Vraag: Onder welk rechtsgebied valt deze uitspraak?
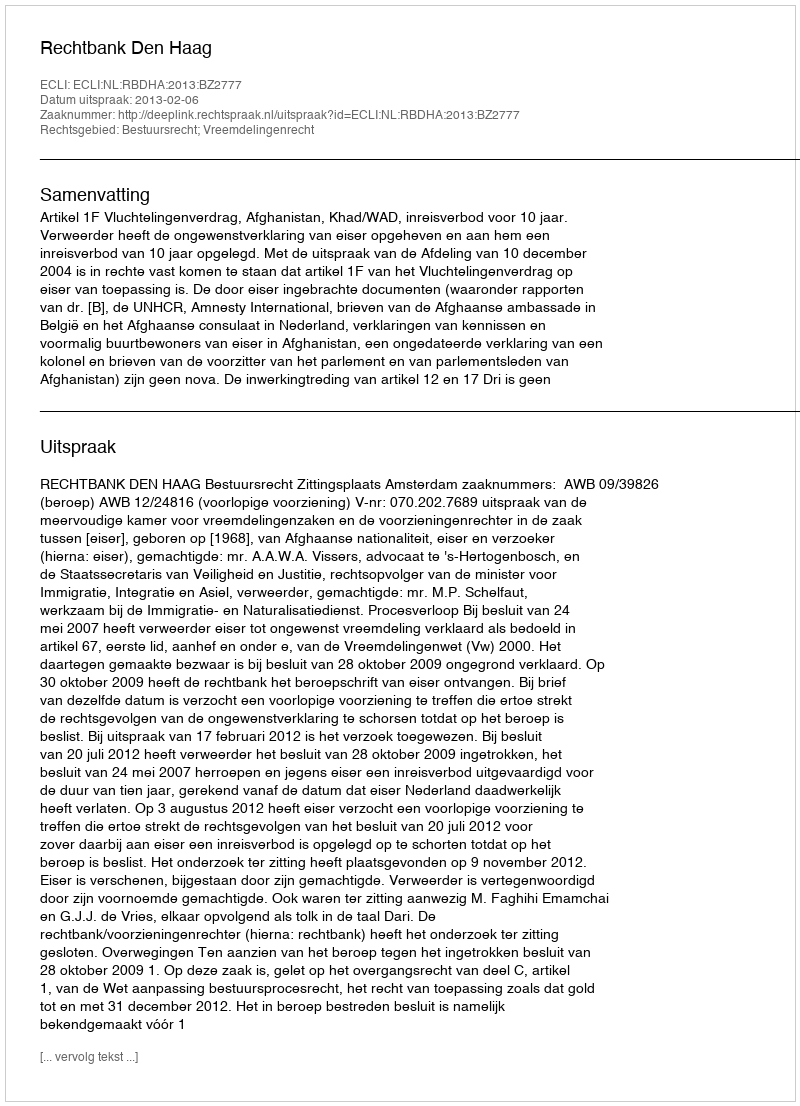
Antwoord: Bestuursrecht; Vreemdelingenrecht